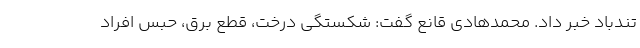
تندباد خبر داد. محمدهادی قانع گفت: شکستگی درخت، قطع برق، حبس افراد